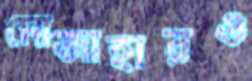
মোজাহারও